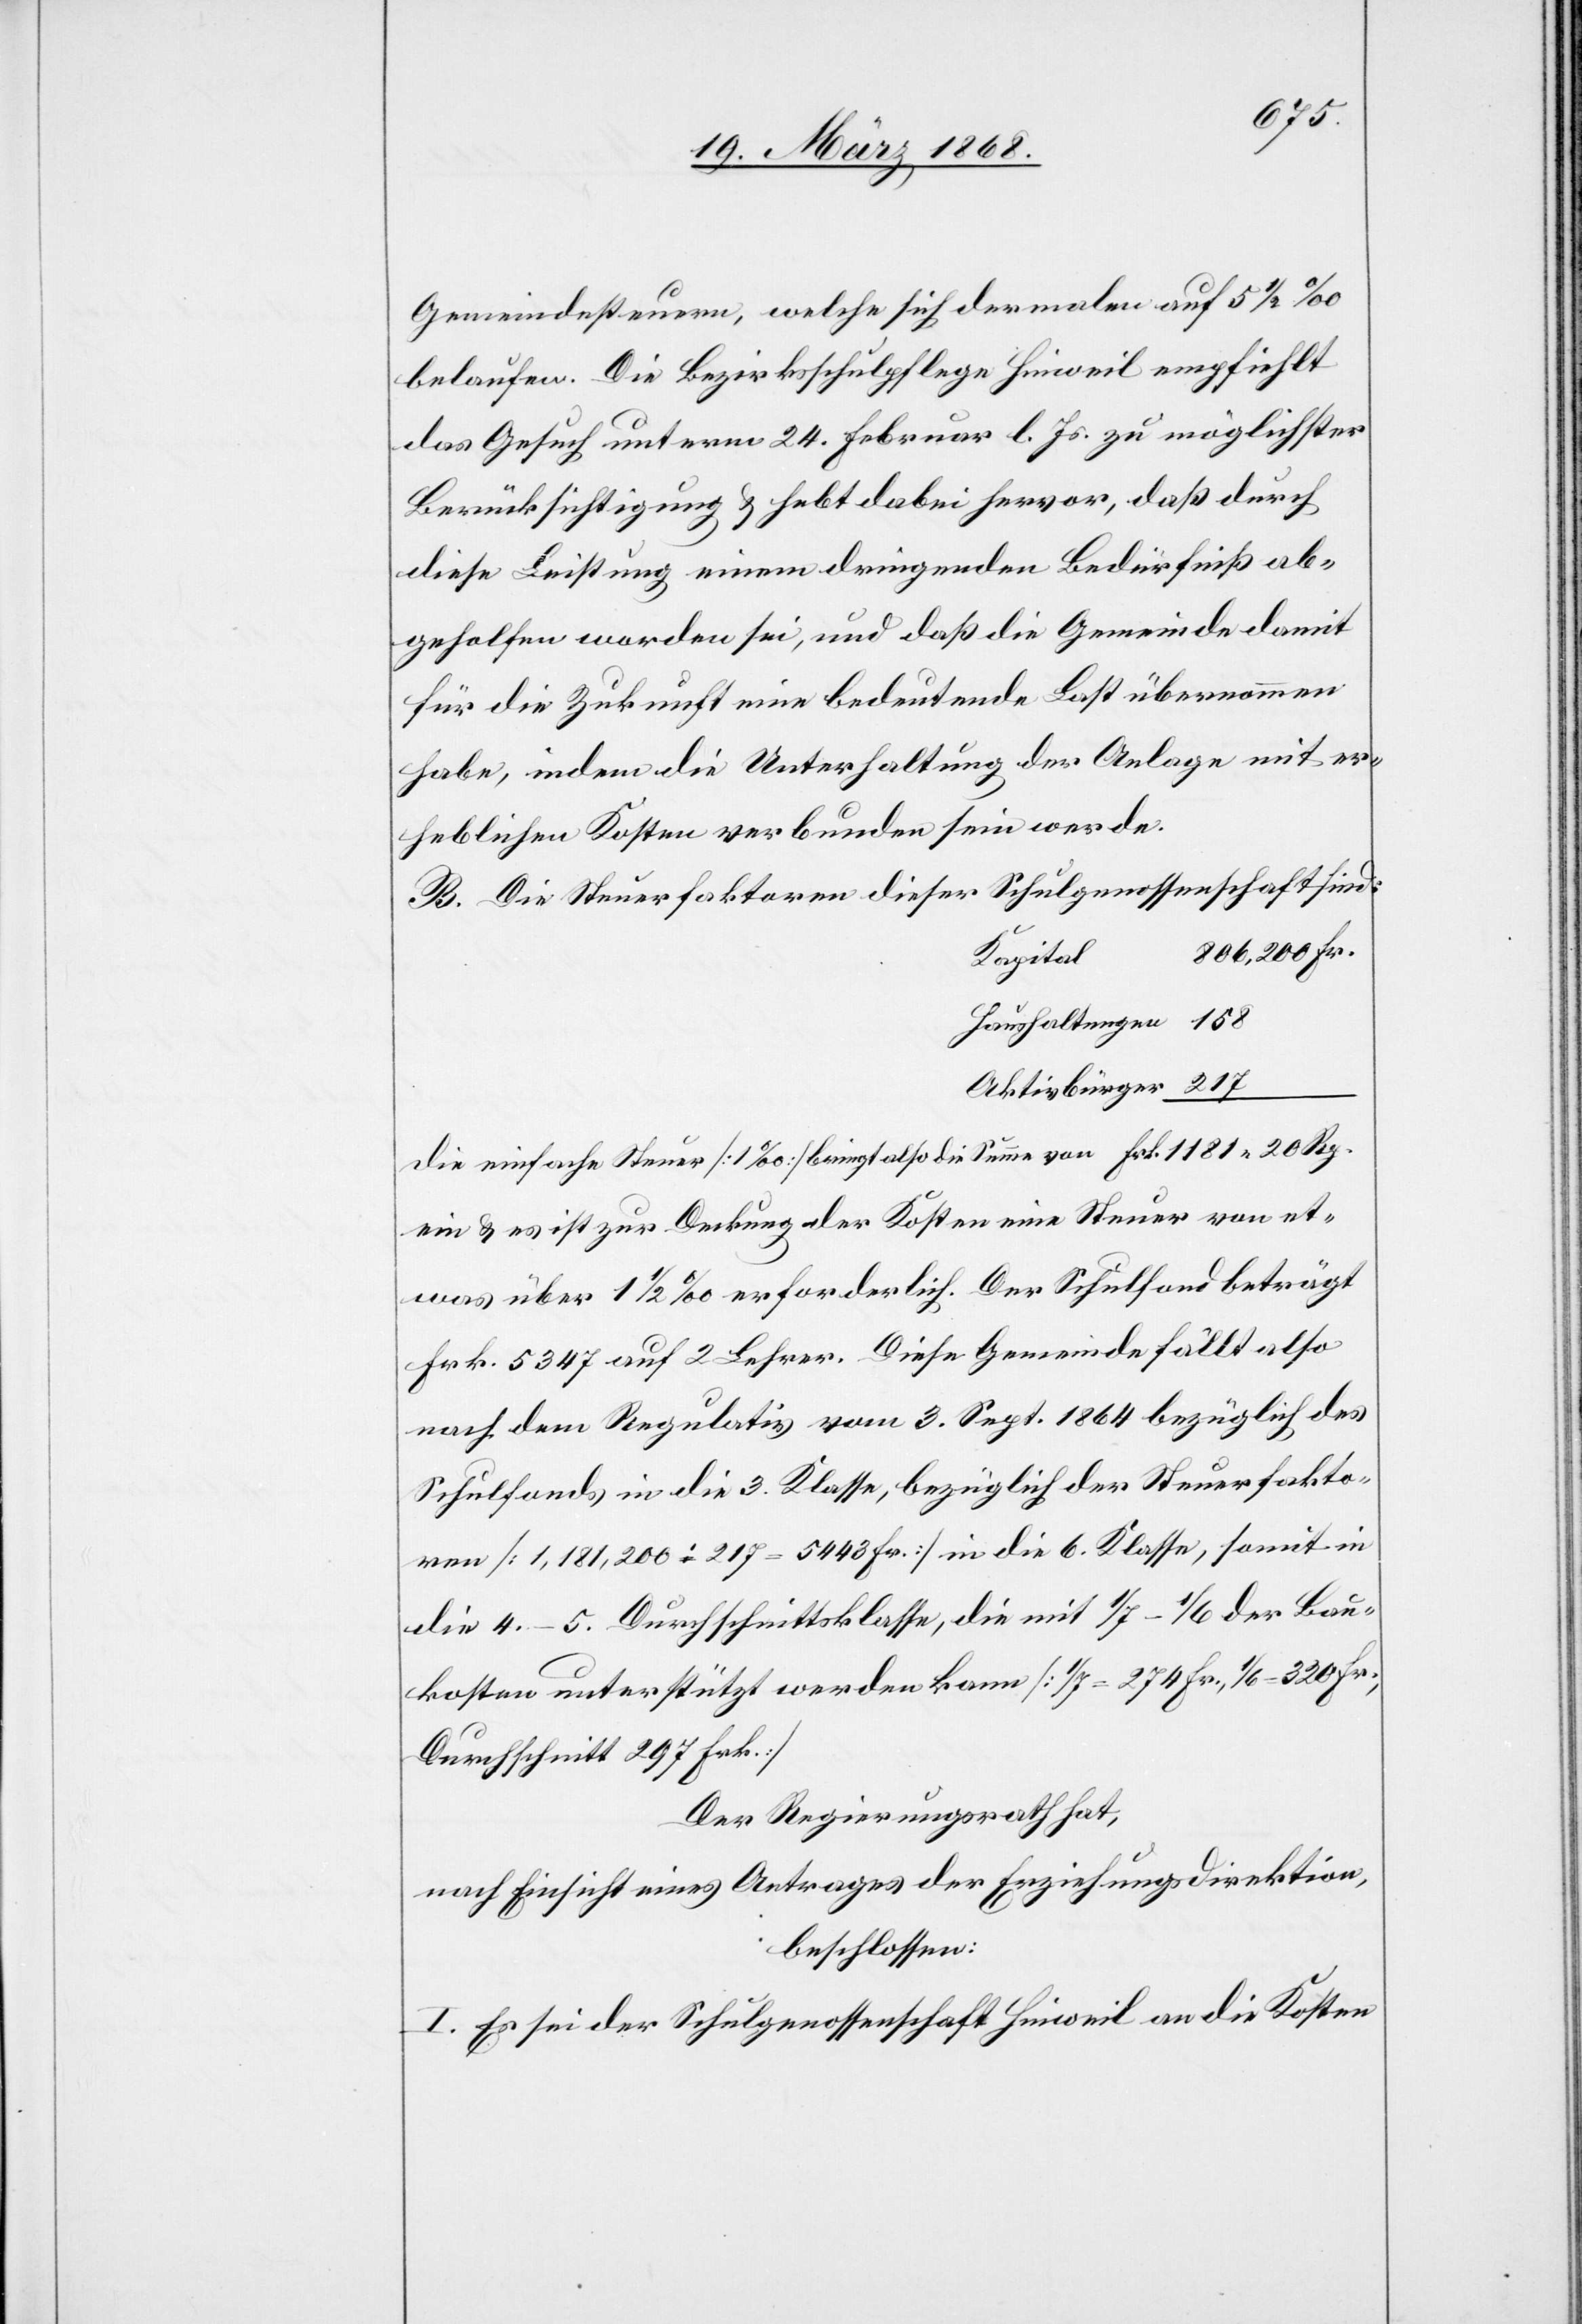
Gemeindesteuern, welche sich dermalen auf 5 1/2 ‰
belaufen. Die Bezirksschulpflege Hinweil empfiehlt
das Gesuch unterm 24. Februar l. Js. zu möglichster
Berücksichtigung & hebt dabei hervor, daß durch
diese Leistung einem dringenden Bedürfniß ab¬
geholfen worden sei, und daß die Gemeinde damit
für die Zukunft eine bedeutende Last übernommen
habe, indem die Unterhaltung der Anlage mit er¬
heblichen Kosten verbunden sein werde.
B. Die Steuerfaktoren dieser Schulgenossenschaft sind:
806,200 Fr.
Kapital
Haushaltungen
Aktivbürger
die einfache Steuer [1‰] bringt also die Summe von Frk. 1181. 20 Rp.
ein & es ist zur Deckung der Kosten eine Steuer von et¬
was über 1 1/2 ‰ erforderlich. Der Schulfond beträgt
Frk. 5347 auf 2 Lehrer. Diese Gemeinde fällt also
nach dem Regulativ vom 3. Sept. 1864 bezüglich des
Schulfonds in die 3. Klasse, bezüglich der Steuerfakto¬
ren [1,181,200 : 217 = 5443 Fr.] in die 6. Klasse, somit in
die 4.–5. Durchschnittsklasse, die mit 1/7–1/6 der Bau¬
kosten unterstützt werden kann [1/7 = 274 Fr., 1/6 = 320 Fr.,
Durchschnitt 297 Frk.]
Der Regierungsrath hat,
nach Einsicht eines Antrages der Erziehungsdirektion,
beschlossen:
I. Es sei der Schulgenossenschaft Hinweil an die Kosten